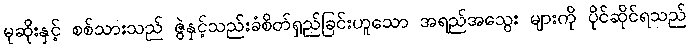
မုဆိုးနှင့် စစ်သားသည် ဇွဲနှင့်သည်းခံစိတ်ရှည်ခြင်းဟူသော အရည်အသွေး များကို ပိုင်ဆိုင်ရသည်